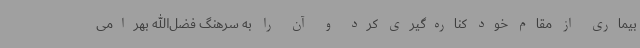
بیماری از مقام خود کناره‌گیری کرد و آن را به سرهنگ فضل‌الله بهرامی